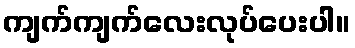
ကျက်ကျက်လေးလုပ်ပေးပါ။